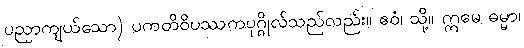
ပညာကျယ်သော) ပကတိဝိပဿကပုဂ္ဂိုလ်သည်လည်း။ ဧဝံ၊ သို့။ ဣမေ ဓမ္မာ၊